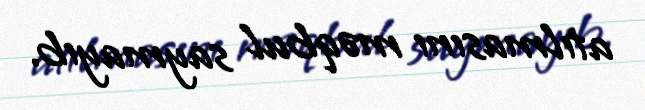
atılmasını məqbul saymayıb.